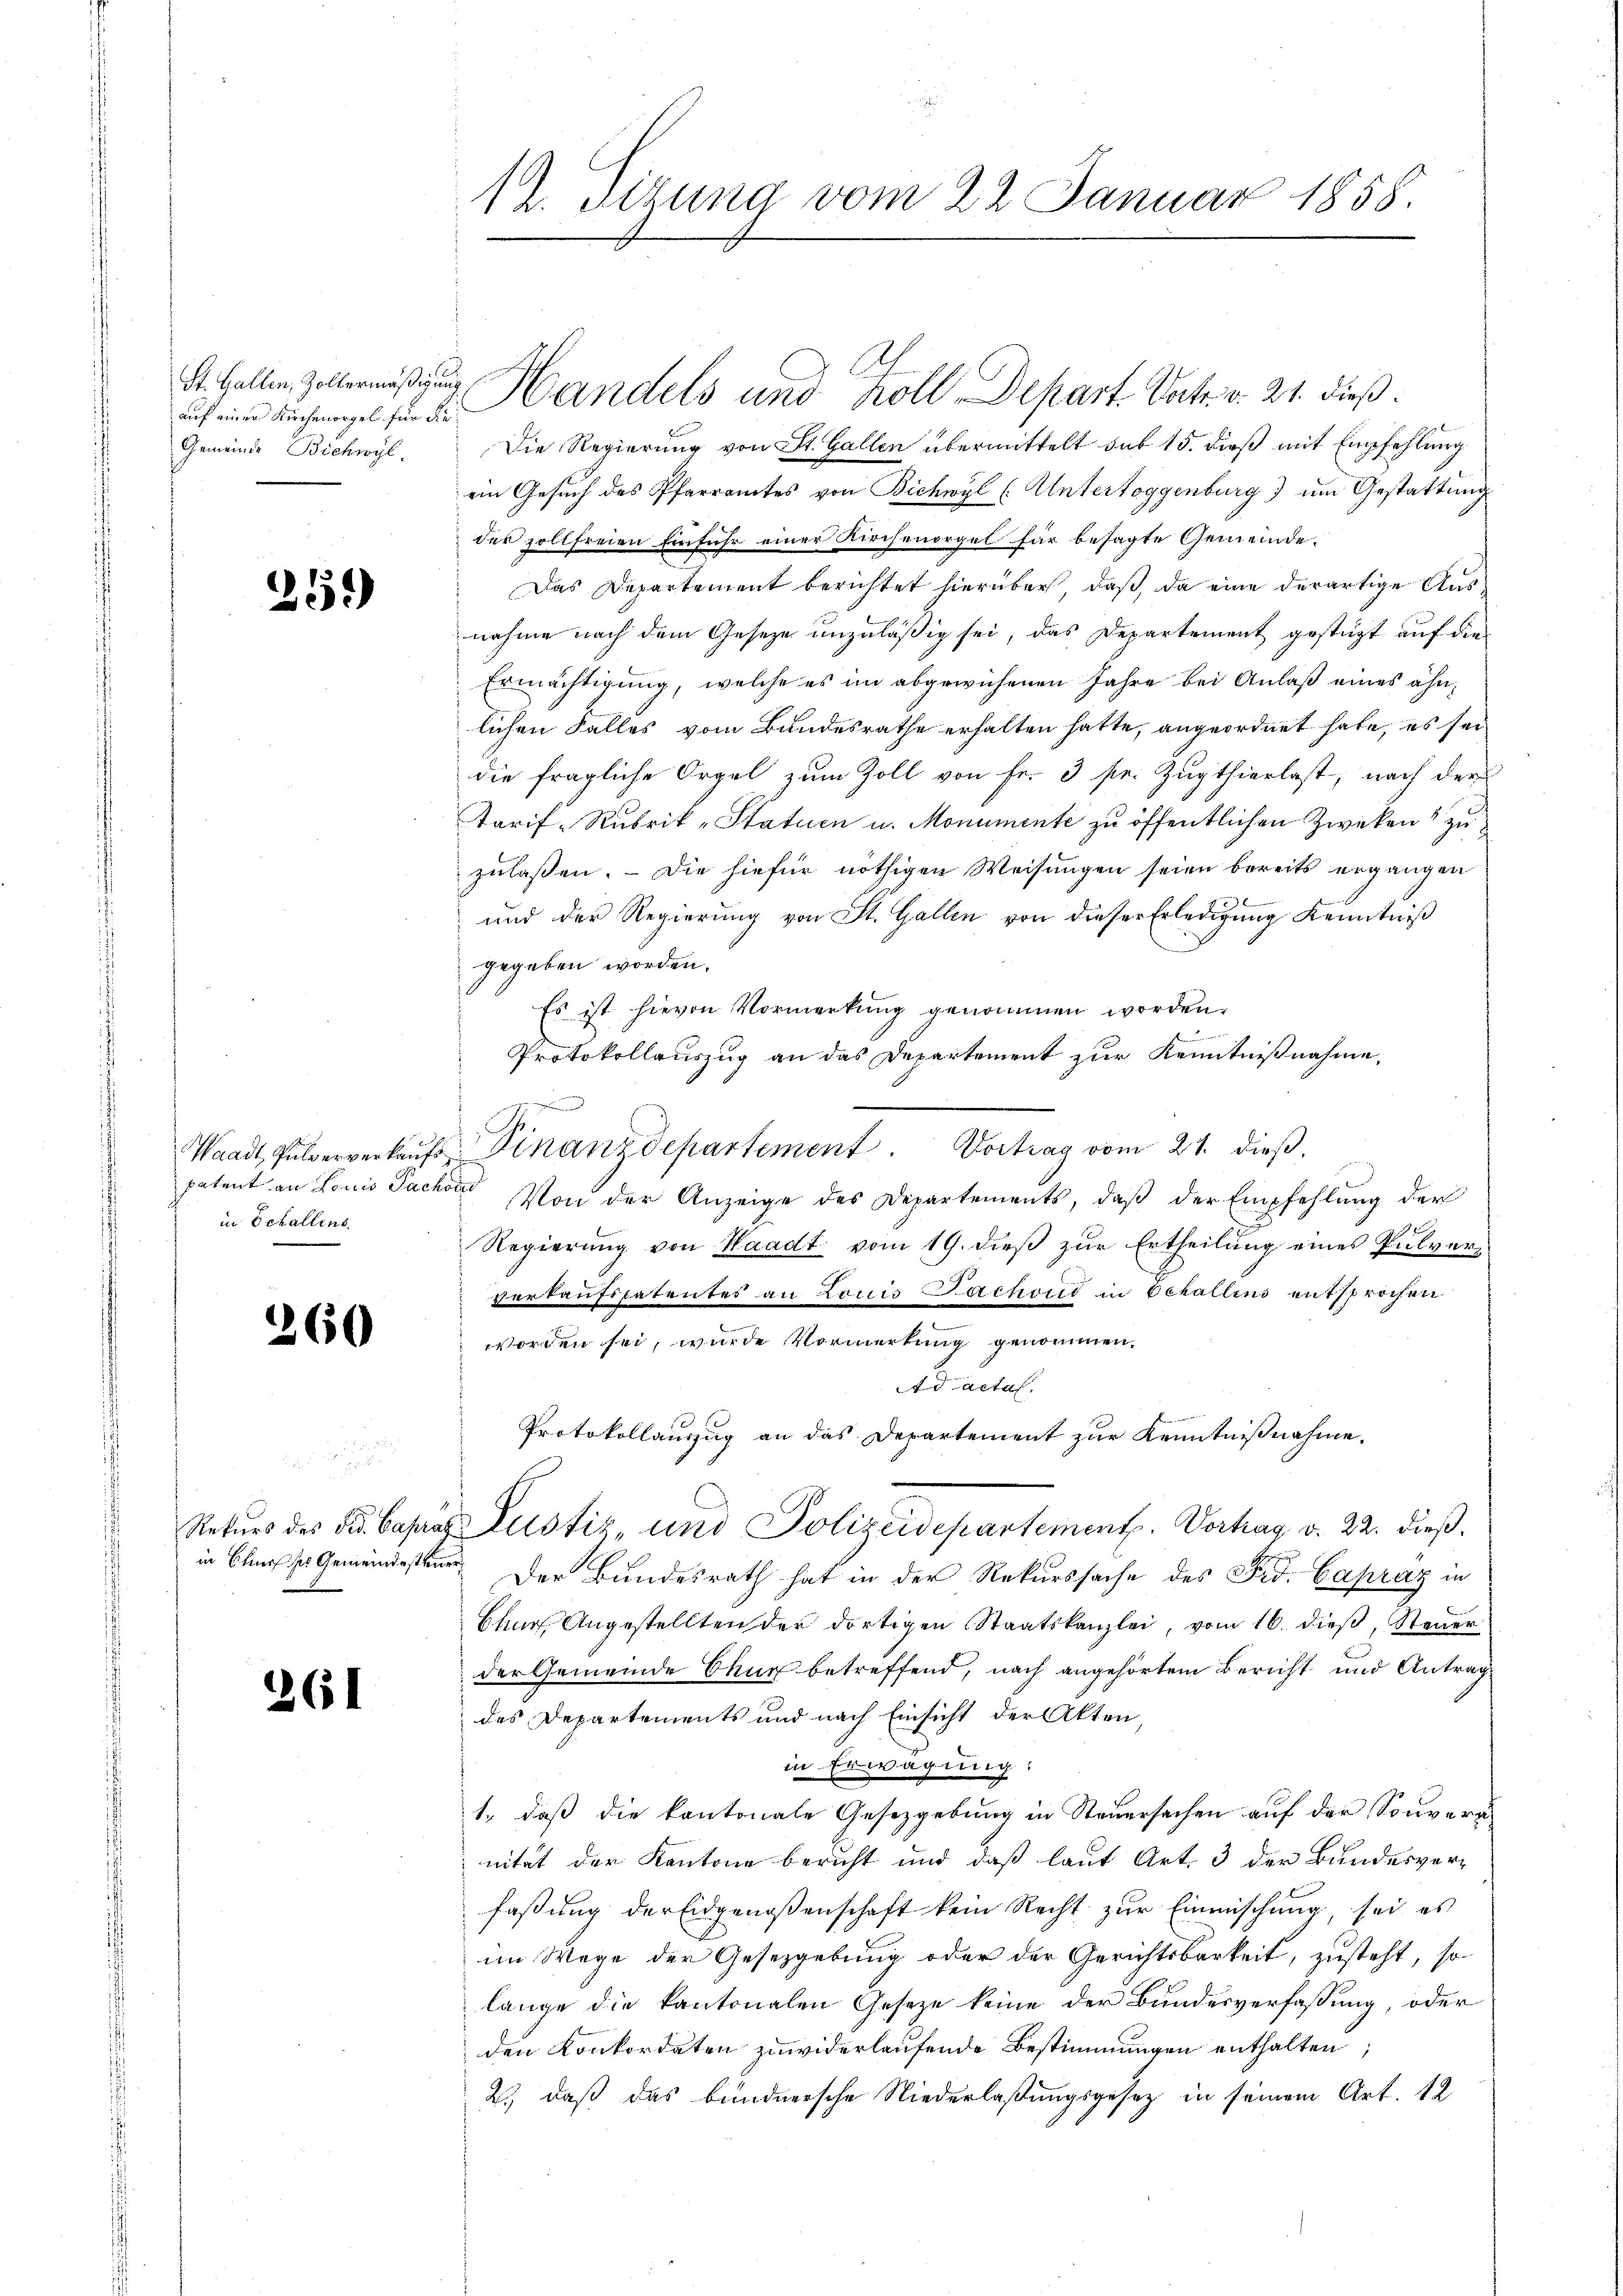
St. Gallen, Zollermäßigung
auf einer Kirchenorgel für die
Gemeinde Bichwyl

259

patent an Louis Packen
in Schallens.

260

in Churses Gemeindesteuer

261

12. Situng vom 22 Januar 1858.

Handels und Koll. Depart. Vatt. v. 21. dieß.
Die Regierung von St. Gallen übermittelt sub 15. dieß mit Empfehlung
ein Gesuch des Pfarramtes von Bichwyl (Untertoggenburg) um Gestattung
der sollfreien Einfuhr einer Kirchenorgel für besagte Gemeinde¬
Das Departement berichtet hierüber, daß, da eine derartige Ausnahme nach dem Geseze unzuläßig sei, das Departement gestüzt auf die
Ermächtigung, welche es im abgewiesenen Jahre bei Anlaß eines ähnlichen Falles vom Bundesrathe erhalten hatte, angeordnet habe, es sei
die fragliche Orgel zum Zoll von Fr. 3 pr. Zugthierlast, nach der
Tarif-Rubrik „Statuen u. Monumente zu öffentlichen Zwecken zu
zulaßen. — Die hiefür nöthigen Weisungen seien bereits ergangen
x
und der Regierung von St. Gallen von dieser Erledigung Kenntniß
gegeben worden.
Es ist hievon Vormerkung genommen worden.
Protokollauszug an das Departement zur Kenntnißnahme,
Waadt, Pulververkaŭfs-Finanzdepartement. Vortrag vom 21. dieß,
Von der Anzeige des Departements, daß der Empfehlung der
1
Regierung von Waadt vom 19. dieß zur Ertheilung eines Pulververkaufspatentes an Louis Bachoud in Echallens entsprochen
worden sei, wurde Vormerkung genommen,
Ad actal.
Protokollauszug an das Departement zur Kenntnißnahme.
Rekurs des Dr. Basans Justiz und Polizeidepartement. Vorhag v. 22. dieß¬
Der Bundesrath hat in der Rekurssache des Frd. Capráz in
Churf. Angestellten der dortigen Staatskanzlei, vom 16. dieβ, Steŭer
der Gemeinde Chur betreffend, nach angehörtem Bericht und Antrag
des Departements und nach Einsicht der Akten
in Erwägung:
1., daß die kantonale Gesetzgebung in Steuersachen auf der Souveränität der Kantone bericht und daß laut Art. 3 der Bundesver-
faßung der Eidgenoßenschaft kein Recht zur Einmischung, sei es
im Wege der Gesetzgebung oder der Gerichtsbarkeit, zusteht, so
lange die kantonalen Geseze keine der Bundesverfaßung, oder
den Konkordaten zuwiderlaufende Bestimmungen enthalten,
2.) daß das bündnersche Niederlaßungsgesetz in seinem Art. 12